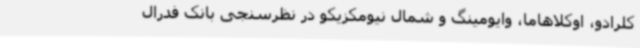
کلرادو، اوکلاهاما، وایومینگ و شمال نیومکزیکو در نظرسنجی بانک فدرال